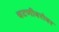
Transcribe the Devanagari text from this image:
चटणीबरोबर